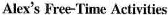
Alex's Free-Time Activities